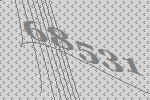
68531